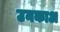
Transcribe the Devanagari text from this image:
उनकाअ